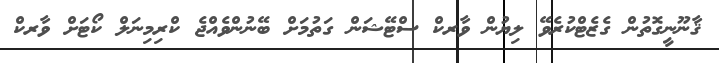
ޤާނޫނީގޮތުން ގެޒެޓްކުރެވޭ ލިޔުން ވާރކް ސްޓޭޝަން ގަތުމަށް ބޭނުންވެއްޖެ ކްރިމިނަލް ކޯޓަށް ވާރކް